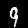
Label: 9